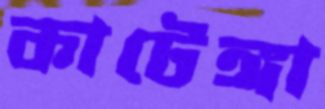
কাটেঙ্গা